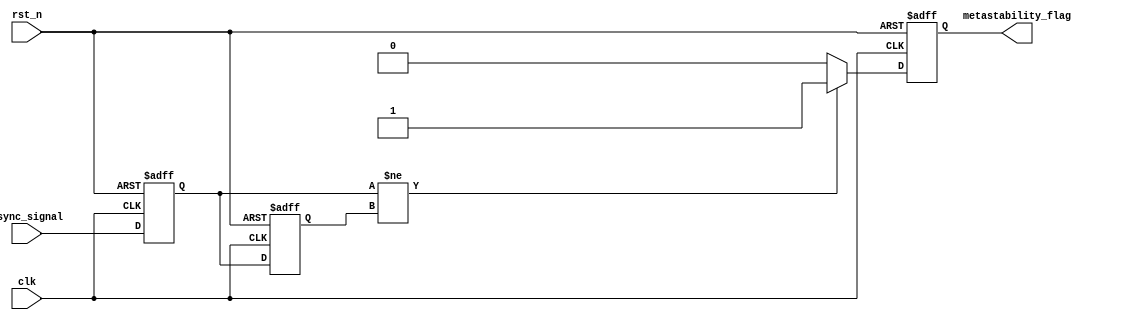
module metastability_detector (
    input wire clk,              // Clock signal
    input wire rst_n,            // Active-low reset signal
    input wire async_signal,     // Asynchronous input signal
    output reg metastability_flag // Flag indicating metastability detected
);

    // Internal signals for latches
    reg latch1, latch2;
    reg latch1_stable, latch2_stable;

    // Latch sampling process
    always @(posedge clk or negedge rst_n) begin
        if (!rst_n) begin
            latch1 <= 1'b0;
            latch2 <= 1'b0;
        end else begin
            latch1 <= async_signal; // Sample async_signal on rising edge
            latch2 <= latch1;       // Sample latch1 output on next rising edge
        end
    end

    // Metastability detection logic
    always @(posedge clk or negedge rst_n) begin
        if (!rst_n) begin
            metastability_flag <= 1'b0;
        end else begin
            // Check if latches are different, indicating possible metastability
            if (latch1 != latch2) begin
                metastability_flag <= 1'b1; // Set flag if different
            end else begin
                metastability_flag <= 1'b0; // Clear flag if same
            end
        end
    end

endmodule